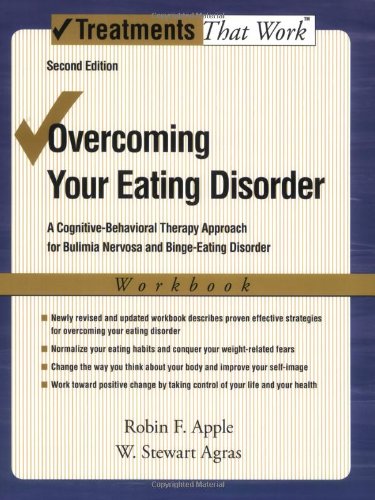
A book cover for Overcoming Your Eating Disorder, Workbook: A Cognitive-Behavioral Therapy Approach for Bulimia Nervosa and Binge-Eating Disorder (Treatments That Work); Robin F. Apple; Self-Help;